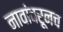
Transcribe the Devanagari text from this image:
नावांवरूनच